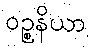
ဝဉ္စနိယာ